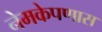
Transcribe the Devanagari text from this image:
नेमकेपणास